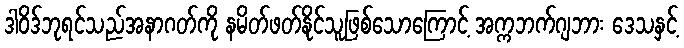
ဒါဝိဒ်ဘုရင်သည်အနာဂတ်ကို နမိတ်ဖတ်နိုင်သူဖြစ်သောကြောင့် အက္ကဘက်ဂျဘား ဒေသနှင့်